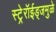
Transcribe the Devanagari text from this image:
स्ट्रेरॉईड्जमुळे